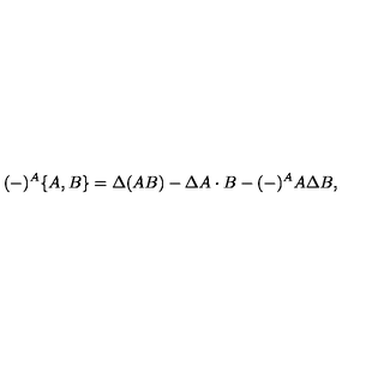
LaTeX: ( - ) ^ { A } \{ A , B \} = \Delta \! \left( A B \right) - \Delta A \cdot B - ( - ) ^ { A } A \Delta B ,